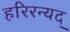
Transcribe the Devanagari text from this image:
हरिरन्यद्